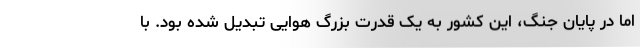
اما در پایان جنگ، این کشور به یک قدرت بزرگ هوایی تبدیل شده بود. با